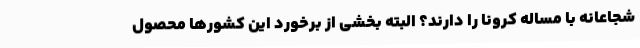
شجاعانه با مساله کرونا را دارند؟ البته بخشی از برخورد این کشورها محصول